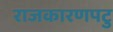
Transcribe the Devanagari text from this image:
राजकारणपटु